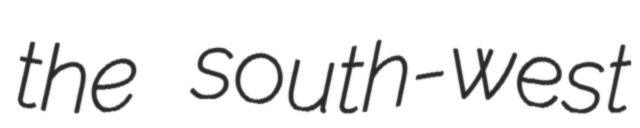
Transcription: the south-west